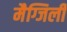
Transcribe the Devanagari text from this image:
मैग्जिली